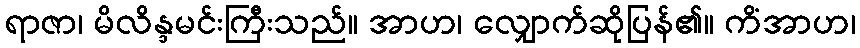
ရာဇာ၊ မိလိန္ဒမင်းကြီးသည်။ အာဟ၊ လျှောက်ဆိုပြန်၏။ ကိံအာဟ၊